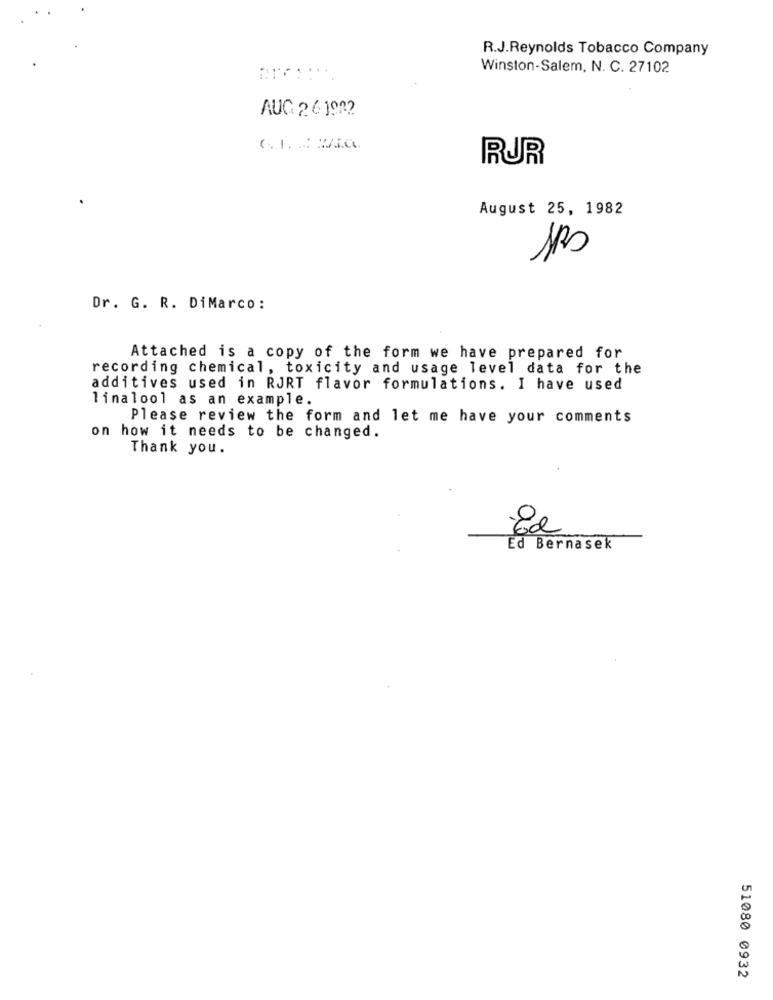
R.J.Reynolds Tobacco Company
Winston-Salem, N. C. 27102
AUG 2 6 1922
C. I. Wie.
RUR
August 25, 1982
Dr. G. R. DiMarco:
Attached is a copy of the form we have prepared for
recording chemical, toxicity and usage level data for the
additives used in RJRT flavor formulations. I have used
linalool as an example.
Please review the form and let me have your comments
on how it needs to be changed.
Thank you.
Ed
Ed Bernasek
51080 0932